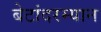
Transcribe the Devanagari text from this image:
बेटांदरम्यान